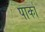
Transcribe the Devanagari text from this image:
पार्का